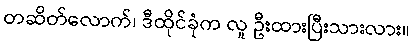
တဆိတ်လောက်၊ ဒီထိုင်ခုံက လူ ဦးထားပြီးသားလား။